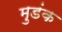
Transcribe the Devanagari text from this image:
मुडंक